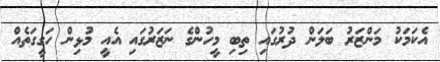
އެކަމަކު މަންޒަރު ބަލަން ދުރުގައި ތިބި މީހުންގެ ނަޒަރުގައި އެއީ މުޅިން ހަގީގަތެއް